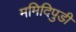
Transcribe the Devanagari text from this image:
ममिदिपुडी